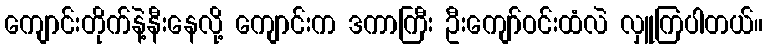
ကျောင်းတိုက်နဲ့နီးနေလို့ ကျောင်းက ဒကာကြီး ဦးကျော်ဝင်းထံလဲ လှူကြပါတယ်။